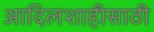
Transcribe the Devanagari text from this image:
आदिलशाहीसाठी